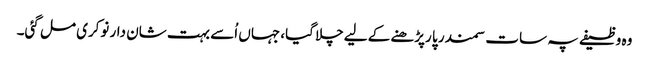
وہ وظیفے پہ سات سمندر پا رپڑھنے کے لیےچلا گیا، جہاں اُسے بہت شان دار نوکری مل گئی۔